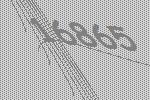
16865